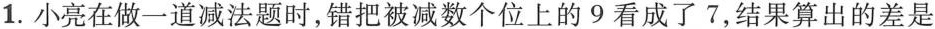
1.小亮在做一道减法题时，错把被减数个位上的9看成了7，结果算出的差是